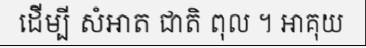
ដើម្បី សំអាត ជាតិ ពុល ។ អាគុយ